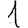
Digit: 1